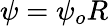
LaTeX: \psi=\psi_{o}R